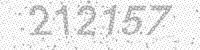
Solution: 212157